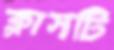
ক্লাসটি